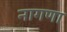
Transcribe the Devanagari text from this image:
नागणा